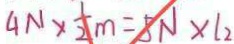
4 N \times \frac { 1 } { 2 } m = 5 N \times l _ { 2 }